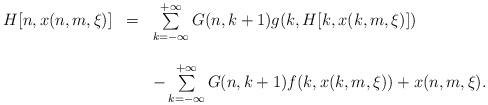
LaTeX: \begin{align*}\begin{array}{rcl}H[n,x(n,m,\xi)]&=&\sum\limits_{k=-\infty}^{+\infty}G(n,k+1)g(k,H[k,x(k,m,\xi)])\\\\&&-\sum\limits_{k=-\infty}^{+\infty}G(n,k+1)f(k,x(k,m,\xi))+x(n,m,\xi).\end{array}\end{align*}